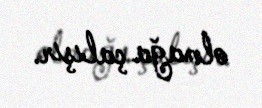
olmağa çalışır.